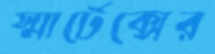
স্মার্টেক্সের